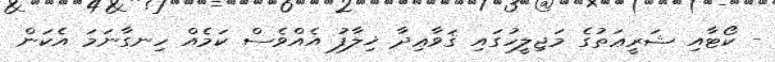
- ކޯޓާއި ޝަރީޢަތުގެ މަޖިލީހުގައި ޤަވާޢިދާ ޚިލާފު އެއްވެސް ކަމެއް ހިނގާނަމަ އެކަން